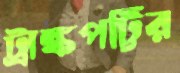
ট্রাঙ্কপট্টির